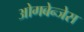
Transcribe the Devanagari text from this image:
ओगबेन्जेस